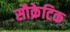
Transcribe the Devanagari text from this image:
सौक्रेटिक